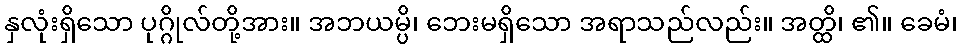
နှလုံးရှိသော ပုဂ္ဂိုလ်တို့အား။ အဘယမ္ပိ၊ ဘေးမရှိသော အရာသည်လည်း။ အတ္ထိ၊ ၏။ ခေမံ၊